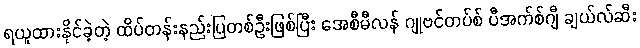
ရယူထားနိုင်ခဲ့တဲ့ ထိပ်တန်းနည်းပြတစ်ဦးဖြစ်ပြီး အေစီမီလန် ဂျုဗင်တပ်စ် ပီအက်စ်ဂျီ ချယ်လ်ဆီး